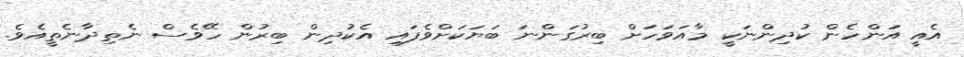
އެއީ އަންހެން ކުދިންނަކީ މާއަވަހަށް ބިރުގަންނަ ބަޔަކަށްވެފައި އެކުދިން ބިރުން ހޭވެސް ނެތިދާނެތީއެވެ.